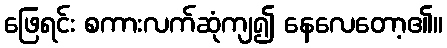
ဖြေရင်း စကားလက်ဆုံကျ၍ နေလေတော့၏။